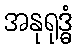
အနုရုဒ္ဓံ